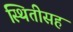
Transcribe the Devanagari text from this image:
स्थितीसह